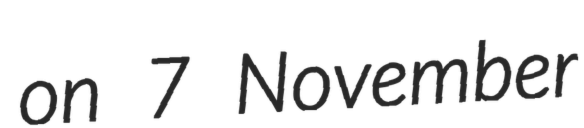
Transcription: on 7 November